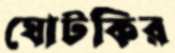
ঘোটকির